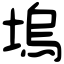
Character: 塢